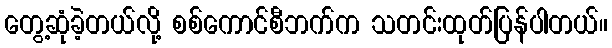
တွေ့ဆုံခဲ့တယ်လို့ စစ်ကောင်စီဘက်က သတင်းထုတ်ပြန်ပါတယ်။